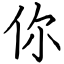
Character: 你